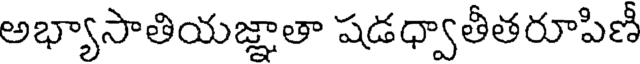
అభ్యాసాతియజ్ఞాతా షడధ్వాతీతరూపిణీ